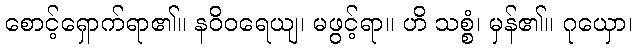
စောင့်ရှောက်ရာ၏။ နဝိဝရေယျ၊ မဖွင့်ရာ။ ဟိ သစ္စံ၊ မှန်၏။ ဂုယှော၊